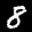
Label: 8